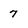
Character: 7